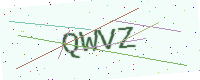
Text: QWVZ